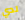
لدي